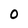
Character: 0